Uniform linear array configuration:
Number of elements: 24
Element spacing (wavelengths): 1
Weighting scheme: binomial
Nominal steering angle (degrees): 45
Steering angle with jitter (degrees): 43.187
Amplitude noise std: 0.05
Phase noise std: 0.05

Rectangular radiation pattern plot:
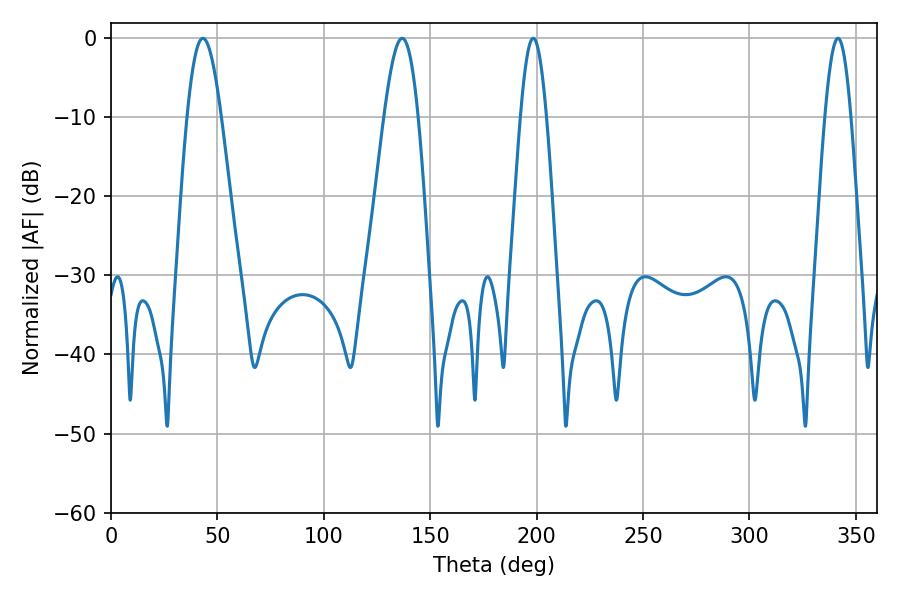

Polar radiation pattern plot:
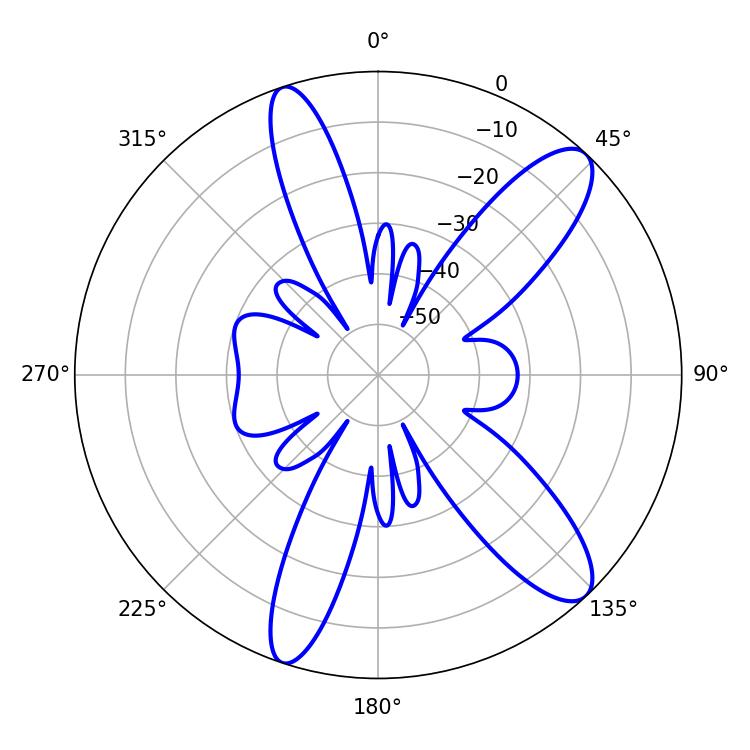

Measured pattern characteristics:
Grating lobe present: TRUE
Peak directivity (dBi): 11.351
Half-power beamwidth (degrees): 8.64
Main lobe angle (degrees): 43.2